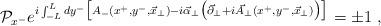
LaTeX: \begin{align*}{\cal P}_{x^{-}}e^{i\int_{-L}^{L}dy^{-}\big[A_{-}(x^{+},y^{-},{\vec x}_{\perp})-i{\vec \alpha}_{\perp}\big({\vec \partial}_{\perp}+i{\vec A}_{\perp}(x^{+},y^{-},{\vec x}_{\perp})\big)\big]}= \pm 1\,\,,\end{align*}